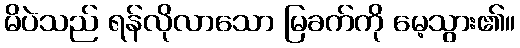
မိပဲသည် ရန်လိုလာသော မြခက်ကို မေ့သွား၏။